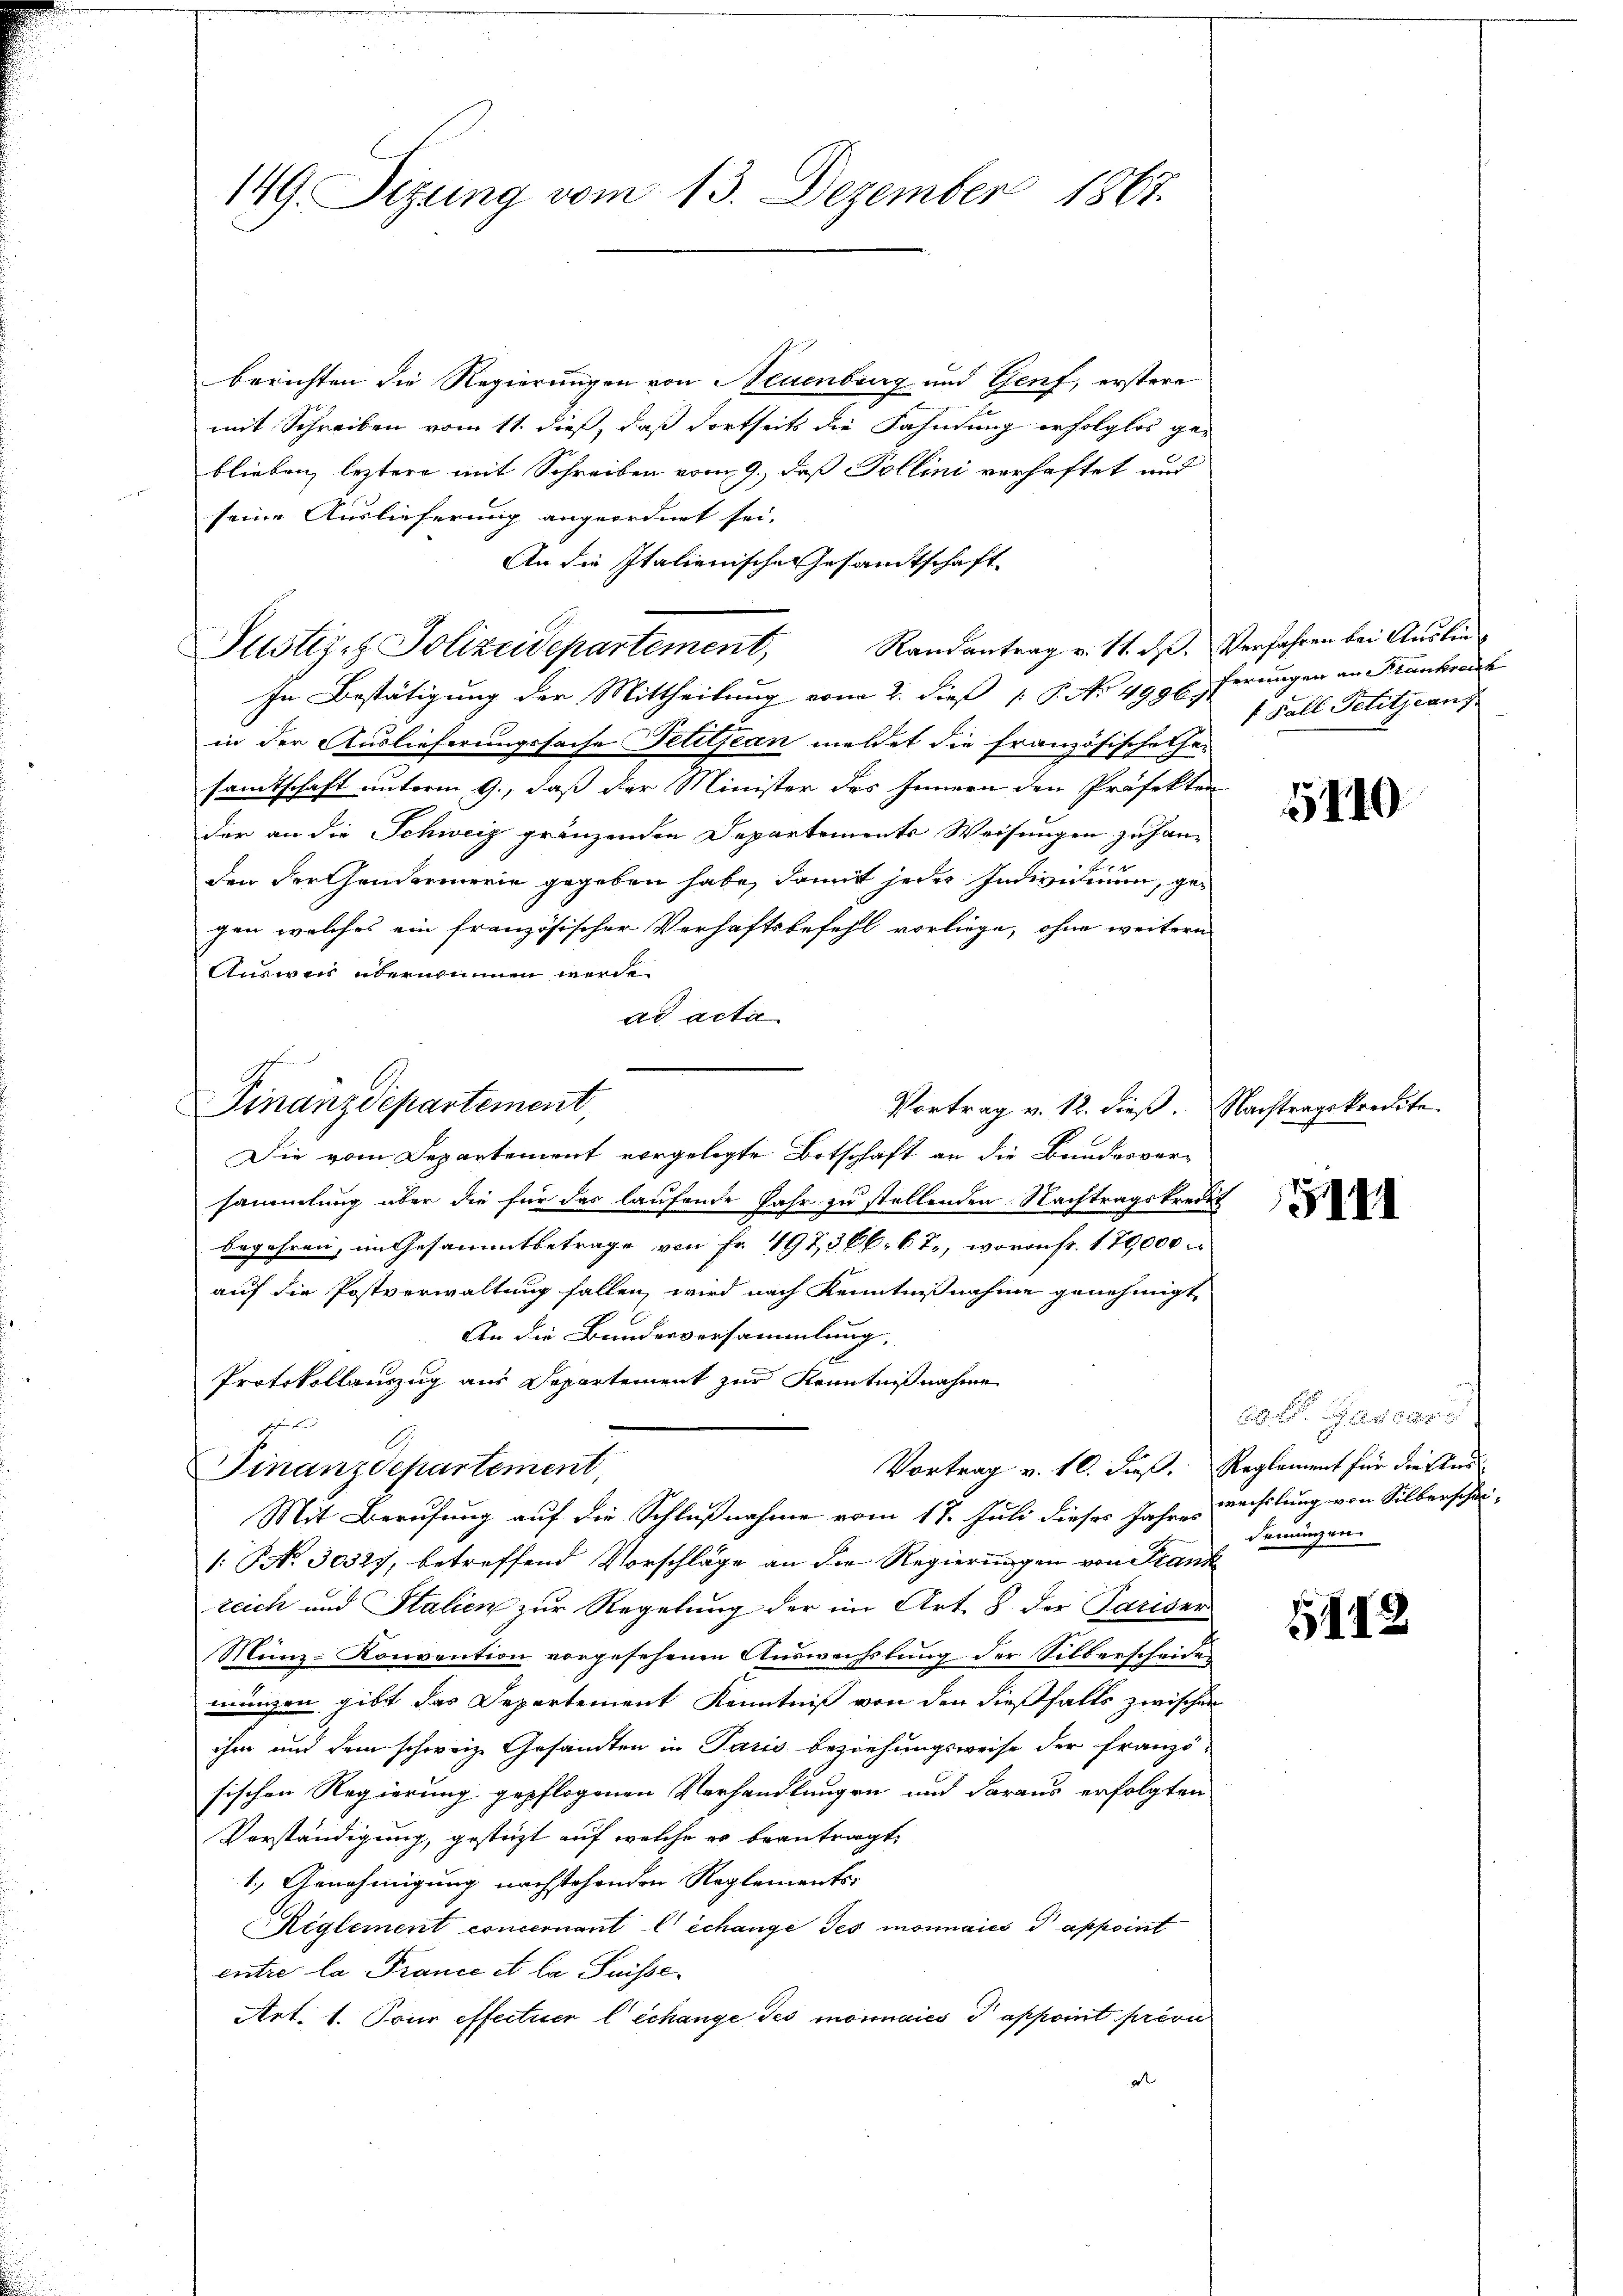
149. Sezung vom 13. Dezember 1867.

berichten die Regierungen von Neuenburg und Genf, erstere
mit Schreiben vom 11. dieß, daß dortseits die Fahndung erfolglos ge-
blieben, leztere mit Schreiben vom 9. daß Pollini verhaftet und
seine Auslieferung angeordnet sei,
An die Italienische Gesandtschaft
Randantrag v. 11. ds. Verfahren bei Aushin¬
In Bestätigung der Mittheilung vom 2. dieß P. No 499 pferungen an Krankreich
in der Auslieferungssache Petitjean meldet die Französische thei
samtschaft unterm 9., daß der Minister des Innern den Präfekten
der an die Schweiz gränzenden Departements Weisungen zu han-
den der Gendarmerie gegeben habe, damit jedes Individuum, gegen welches ein französischer Verhaftsbefehl vorliege, ohne weitern
Ausweis übernommen werde
ad acta
Vortrag v. 12. dieß. Nachtragskredite.
Die vom Departement vorgelegte Botschaft an die Bundesver-
sammlung aber die für das laufende Jahr zu stellenden Nachtragskredit
begehren, im Gesammtbetrage von Fr. 497, 366. 67, wovon fr. 170,000
auf die Postverwaltung fallen, wird nach Kenntnißnahme genehmigt
An die Bundesversammlung,
Protokollauszug aus Departement zur Kenntnißnahme
z
Vortrag v. 10. dieß. Reglement für dieser
Finanzdepartement,
Mit Berufung auf die Schlußnahme vom 17. Juli dieses Jahr wechslung von Silberschei-
: No 30327, betreffend Vorschläge an die Regierungen von Frank
zeich und Stalien zur Regelung der im Art. 8 der Pariser
Münz- Konvention vorgesehenen Auswechslung der Silberscheide
mungen gibt das Departement Kenntniß von den dießfalls zwischen
ihm und dem schweiz. Gesandten in Paris Beziehungsweise der franzö-
sischen Regierung gepflogenen Verhandlungen und daraus erfolgten
Vorständigung, gestüzt auf welche es beantragt,
1.) Genehmigung nachstehenden Reglements-
Reglement concernant l’échange des monnaies appoint
entre la France et la Suisse¬
Art. 1. Tour effectuer l’échange des monnaies 3 appoint priva
2

Justiz- & Polizeidepartement,

Finanzdepartement,

f Fall Petitjean

5110.

5141

60. Der Geschr
demünzen.

1112